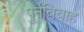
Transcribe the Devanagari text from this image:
पुर्नविवाह